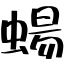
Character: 蝪